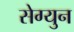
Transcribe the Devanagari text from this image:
सेग्युन